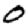
Digit: 0